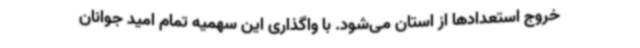
خروج استعدادها از استان می‌شود. با واگذاری این سهمیه تمام امید جوانان